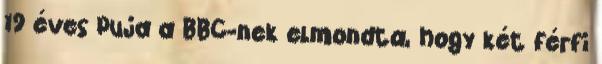
19 éves Puja a BBC-nek elmondta, hogy két férfi